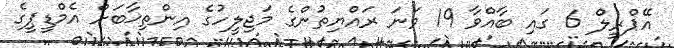
އޭޕްރީލް 6 ގައި ބާއްވާ 19 ވަނަ ރައްޔިތުންގެ މަޖިލީހުގެ އިންތިޚާބަށް އެމްޑީޕީގެ